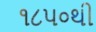
૧૮૫૦થી